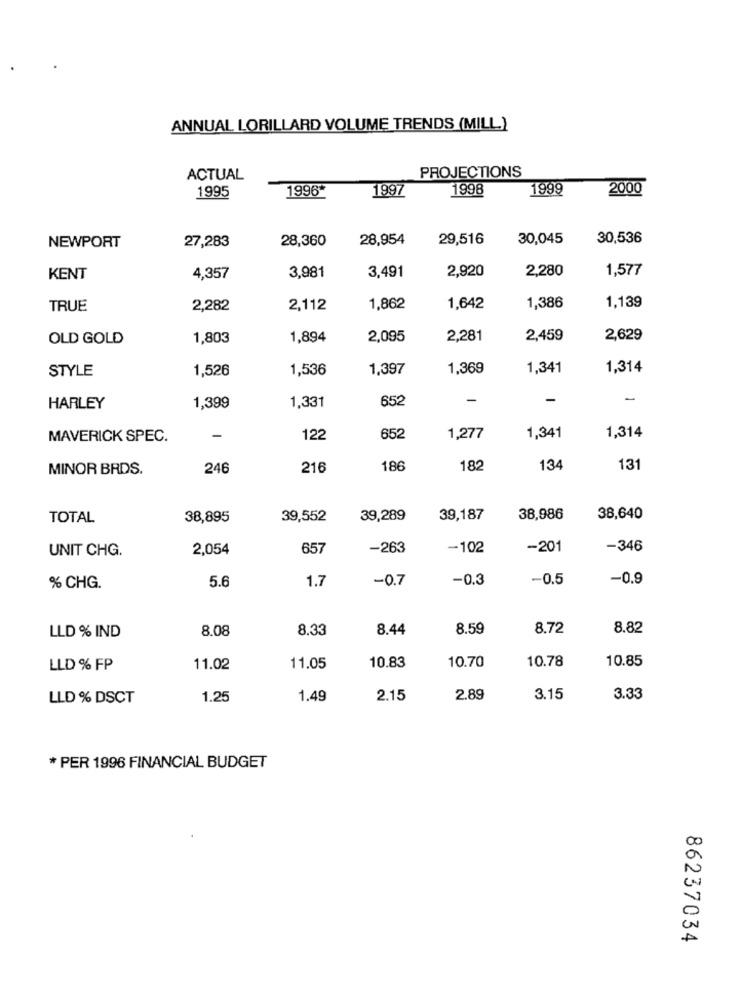
ANNUAL LORILLARD VOLUME TRENDS (MILL)
ACTUAL
PROJECTIONS
1995
1996*
1998
1999
2000
1997
28,360
28,954
29,516
30,045
30,536
NEWPORT
27,283
2,920
2,280
1,577
KENT
4,357
3,981
3,491
TRUE
2,282
2,112
1,862
1,642
1,386
1,139
OLD GOLD
1,803
1,894
2,095
2,281
2,459
2,629
STYLE
1,526
1,536
1,397
1,369
1,341
1,314
652
-
-
-
HARLEY
1,399
1,331
MAVERICK SPEC.
-
122
652
1,277
1,341
1,314
MINOR BRDS.
246
216
186
182
134
131
TOTAL
38,895
39,552
39,289
39,187
38,986
38,640
UNIT CHG.
2,054
657
-263
-102
-201
-346
5.6
1.7
-0.7
-0.3
-0.5
-0.9
% CHG.
8.08
8.33
8.44
8.59
8.72
8.82
LLD % IND
10.78
10.85
LLD % FP
11.02
11.05
10.83
10.70
LLD % DSCT
1.25
1.49
2.15
2.89
3.15
3.33
* PER 1996 FINANCIAL BUDGET
86237034